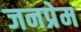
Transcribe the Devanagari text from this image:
जनप्रेम